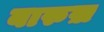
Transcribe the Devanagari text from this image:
बारुख़